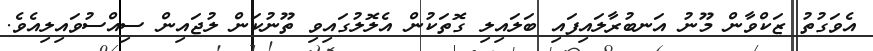
އެވަގުތު ޒަކްވާން މޫނު އަނބުރާލައިފައި ބަލައިލި ގޮތަކުން އެލޮލުގައިވި ތޫނުކަން ލުޖައިން ސިއްސުވައިލިއެވެ.